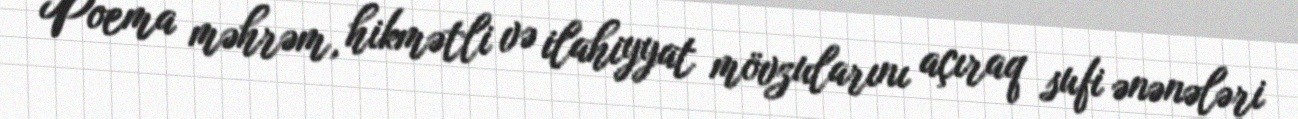
Poema məhrəm, hikmətli və ilahiyyat mövzularını açıraq sufi ənənələri